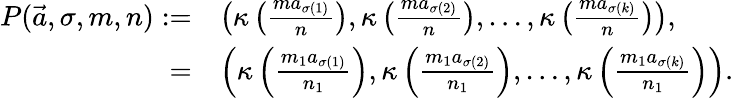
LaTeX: \begin{array}{rl}{P(\vec{a},\sigma,m,n):=}&{\left(\kappa\left(\frac{ma_{\sigma(1)}}{n}\right),\kappa\left(\frac{ma_{\sigma(2)}}{n}\right),\dots,\kappa\left(\frac{ma_{\sigma(k)}}{n}\right)\right),}\\ {=}&{\left(\kappa\left(\frac{m_{1}a_{\sigma(1)}}{n_{1}}\right),\kappa\left(\frac{m_{1}a_{\sigma(2)}}{n_{1}}\right),\dots,\kappa\left(\frac{m_{1}a_{\sigma(k)}}{n_{1}}\right)\right).}\end{array}